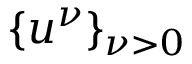
\{ u ^ { \nu } \} _ { \nu > 0 }